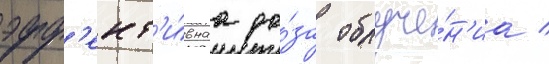
эфф'ект'и́внаа до́за облуче́н'иа /